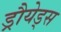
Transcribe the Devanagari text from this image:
ड्रौयेड्स